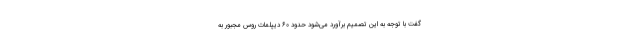
گفت با توجه به این تصمیم برآورد می‌شود حدود ۶۰ دیپلمات روس مجبور به